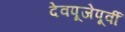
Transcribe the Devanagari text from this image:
देवपूजेपूर्वी